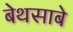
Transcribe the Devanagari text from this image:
बेथसाबे